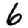
Digit: 6